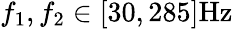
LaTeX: f_{1},f_{2}\in[30,285]\mathrm{Hz}